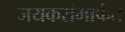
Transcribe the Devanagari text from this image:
जयकरांमार्फत